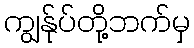
ကျွန်ုပ်တို့ဘက်မှ